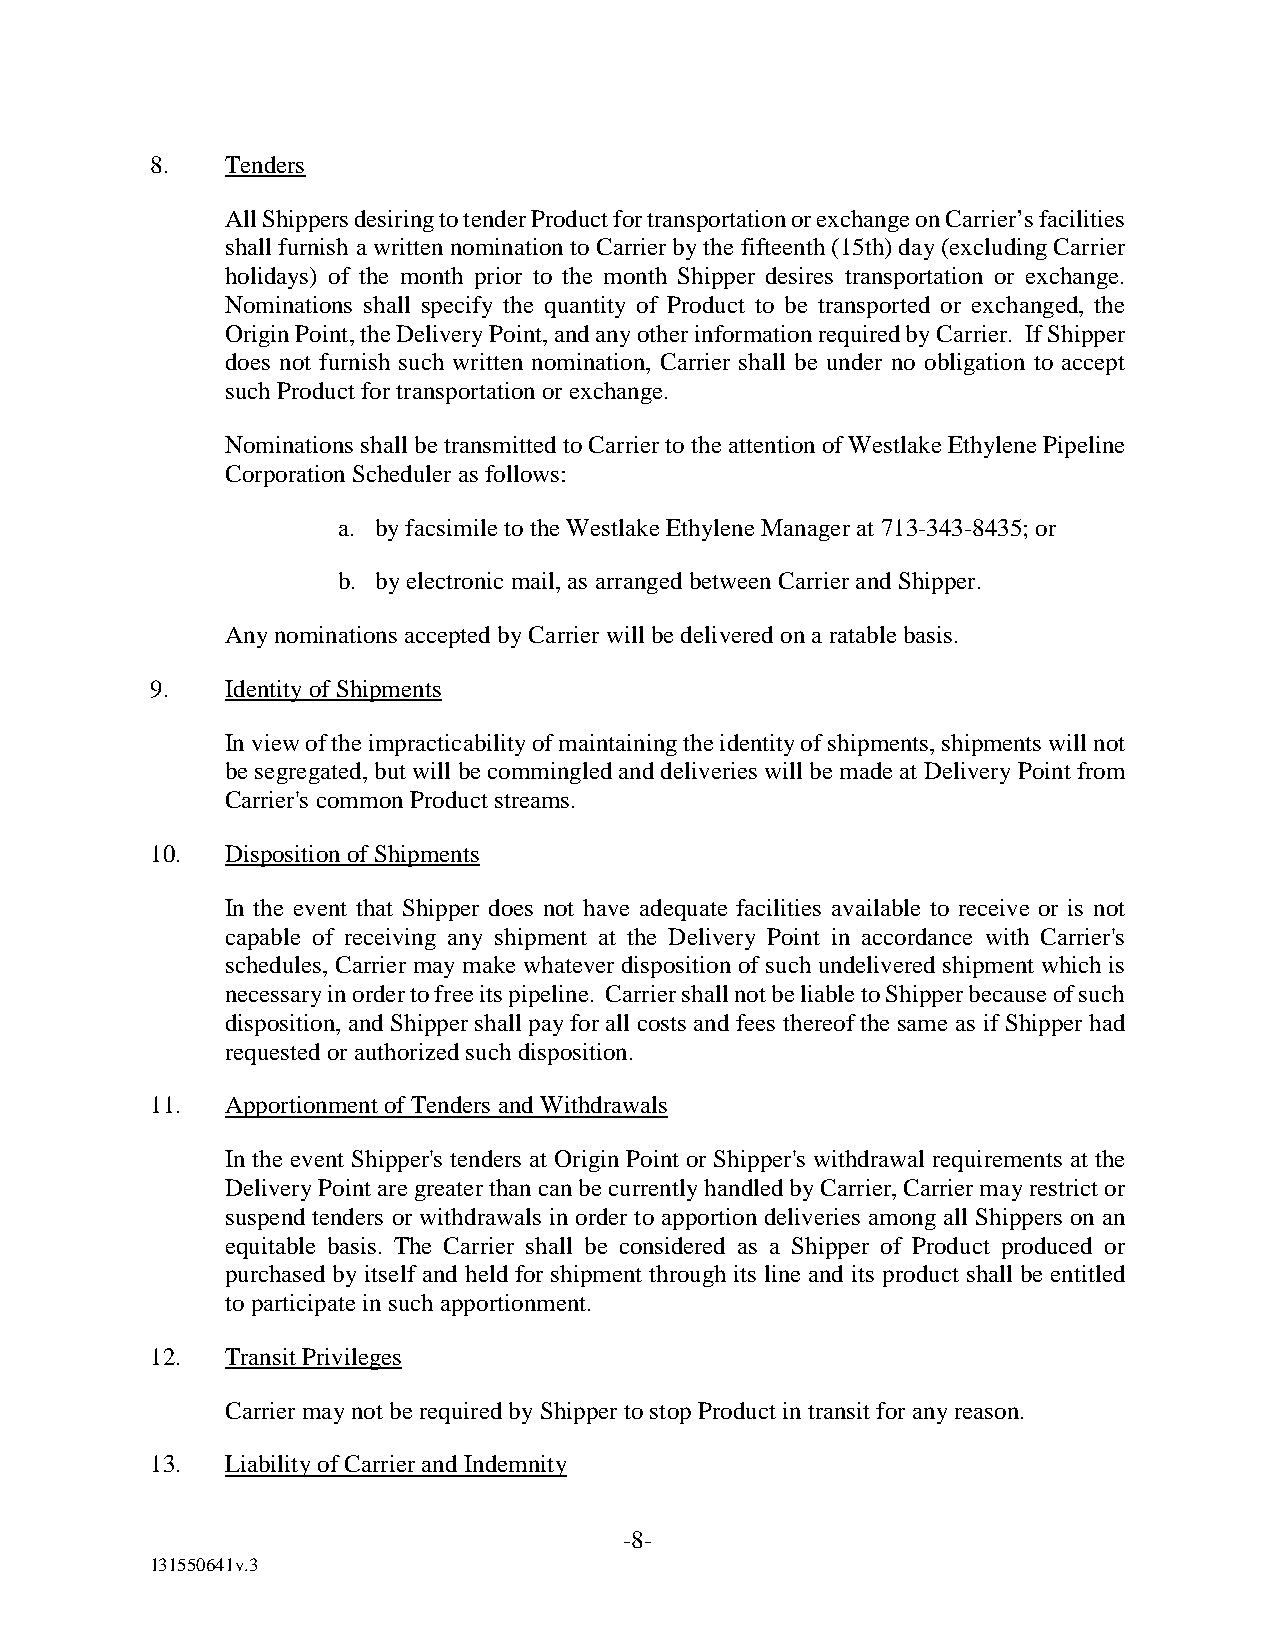
8.   Tenders
 All Shippers desiring to tender Product for transportation or exchange on Carrier’s facilities
 shall furnish a written nomination to Carrier by the fifteenth (15th) day (excluding Carrier
 holidays) of the month prior to the month Shipper desires transportation or exchange.
 Nominations shall specify the quantity of Product to be transported or exchanged, the
 Origin Point, the Delivery Point, and any other information required by Carrier. If Shipper
 does not furnish such written nomination, Carrier shall be under no obligation to accept
 such Product for transportation or exchange.
 Nominations shall be transmitted to Carrier to the attention of Westlake Ethylene Pipeline
 Corporation Scheduler as follows:
 a. by facsimile to the Westlake Ethylene Manager at 713-343-8435; or
 b. by electronic mail, as arranged between Carrier and Shipper.
 Any nominations accepted by Carrier will be delivered on a ratable basis.
 9.   Identity of Shipments
 In view of the impracticability of maintaining the identity of shipments, shipments will not
 be segregated, but will be commingled and deliveries will be made at Delivery Point from
 Carrier's common Product streams.
 10.  Disposition of Shipments
 In the event that Shipper does not have adequate facilities available to receive or is not
 capable of receiving any shipment at the Delivery Point in accordance with Carrier's
 schedules, Carrier may make whatever disposition of such undelivered shipment which is
 necessary in order to free its pipeline. Carrier shall not be liable to Shipper because of such
 disposition, and Shipper shall pay for all costs and fees thereof the same as if Shipper had
 requested or authorized such disposition.
 11.  Apportionment of Tenders and Withdrawals
 In the event Shipper's tenders at Origin Point or Shipper's withdrawal requirements at the
 Delivery Point are greater than can be currently handled by Carrier, Carrier may restrict or
 suspend tenders or withdrawals in order to apportion deliveries among all Shippers on an
 equitable basis. The Carrier shall be considered as a Shipper of Product produced or
 purchased by itself and held for shipment through its line and its product shall be entitled
 to participate in such apportionment.
 12.  Transit Privileges
 Carrier may not be required by Shipper to stop Product in transit for any reason.
 13.  Liability of Carrier and Indemnity
 -8-
 131550641v.3